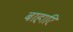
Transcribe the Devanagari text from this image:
बाहारि